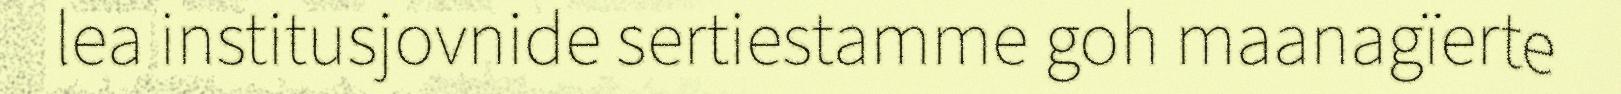
lea institusjovnide sertiestamme goh maanagïerte